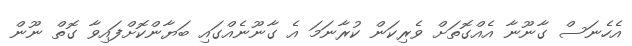
އެހެނަސް ގާނޫނާ އެއްގޮތަށް ވެރިކަން ކުރާނަމަ އެ ގާނޫނެއްގައި ބަޔާންކޮށްފައިވާ ގޮތް ނޫން